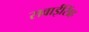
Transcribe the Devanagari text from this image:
सवाईसिंह